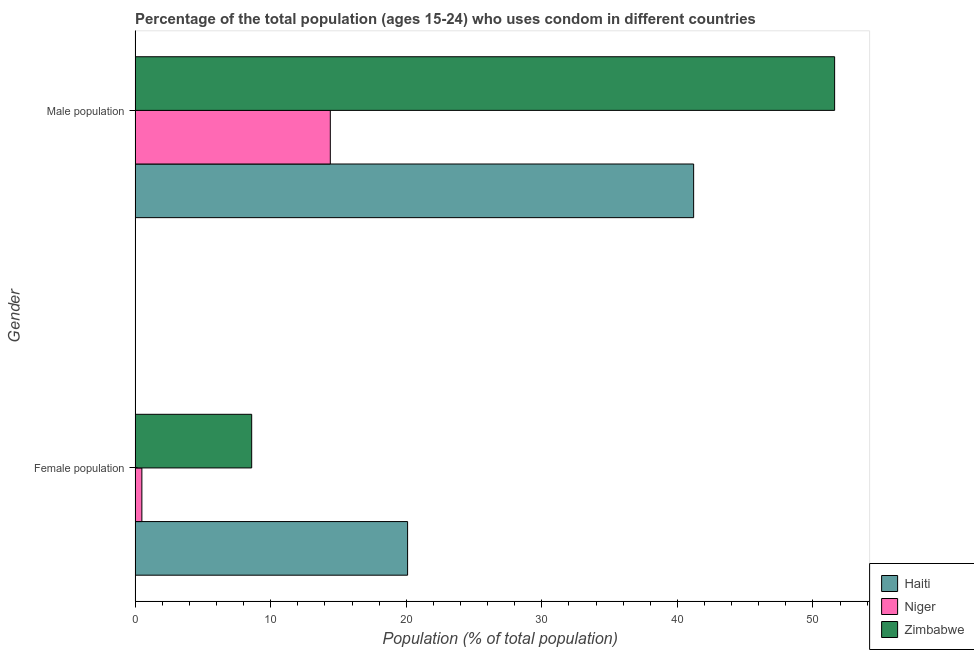
| Gender | Haiti | Niger | Zimbabwe |
 | --- | --- | --- | --- |
 | Female population | 20.1 | 0.5 | 8.6 |
 | Male population | 41.2 | 14.4 | 51.6 |